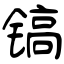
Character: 镐